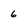
Character: 6